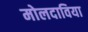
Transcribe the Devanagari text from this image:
मोलदाविया